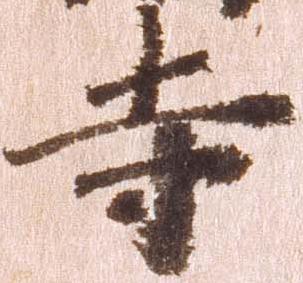
寺